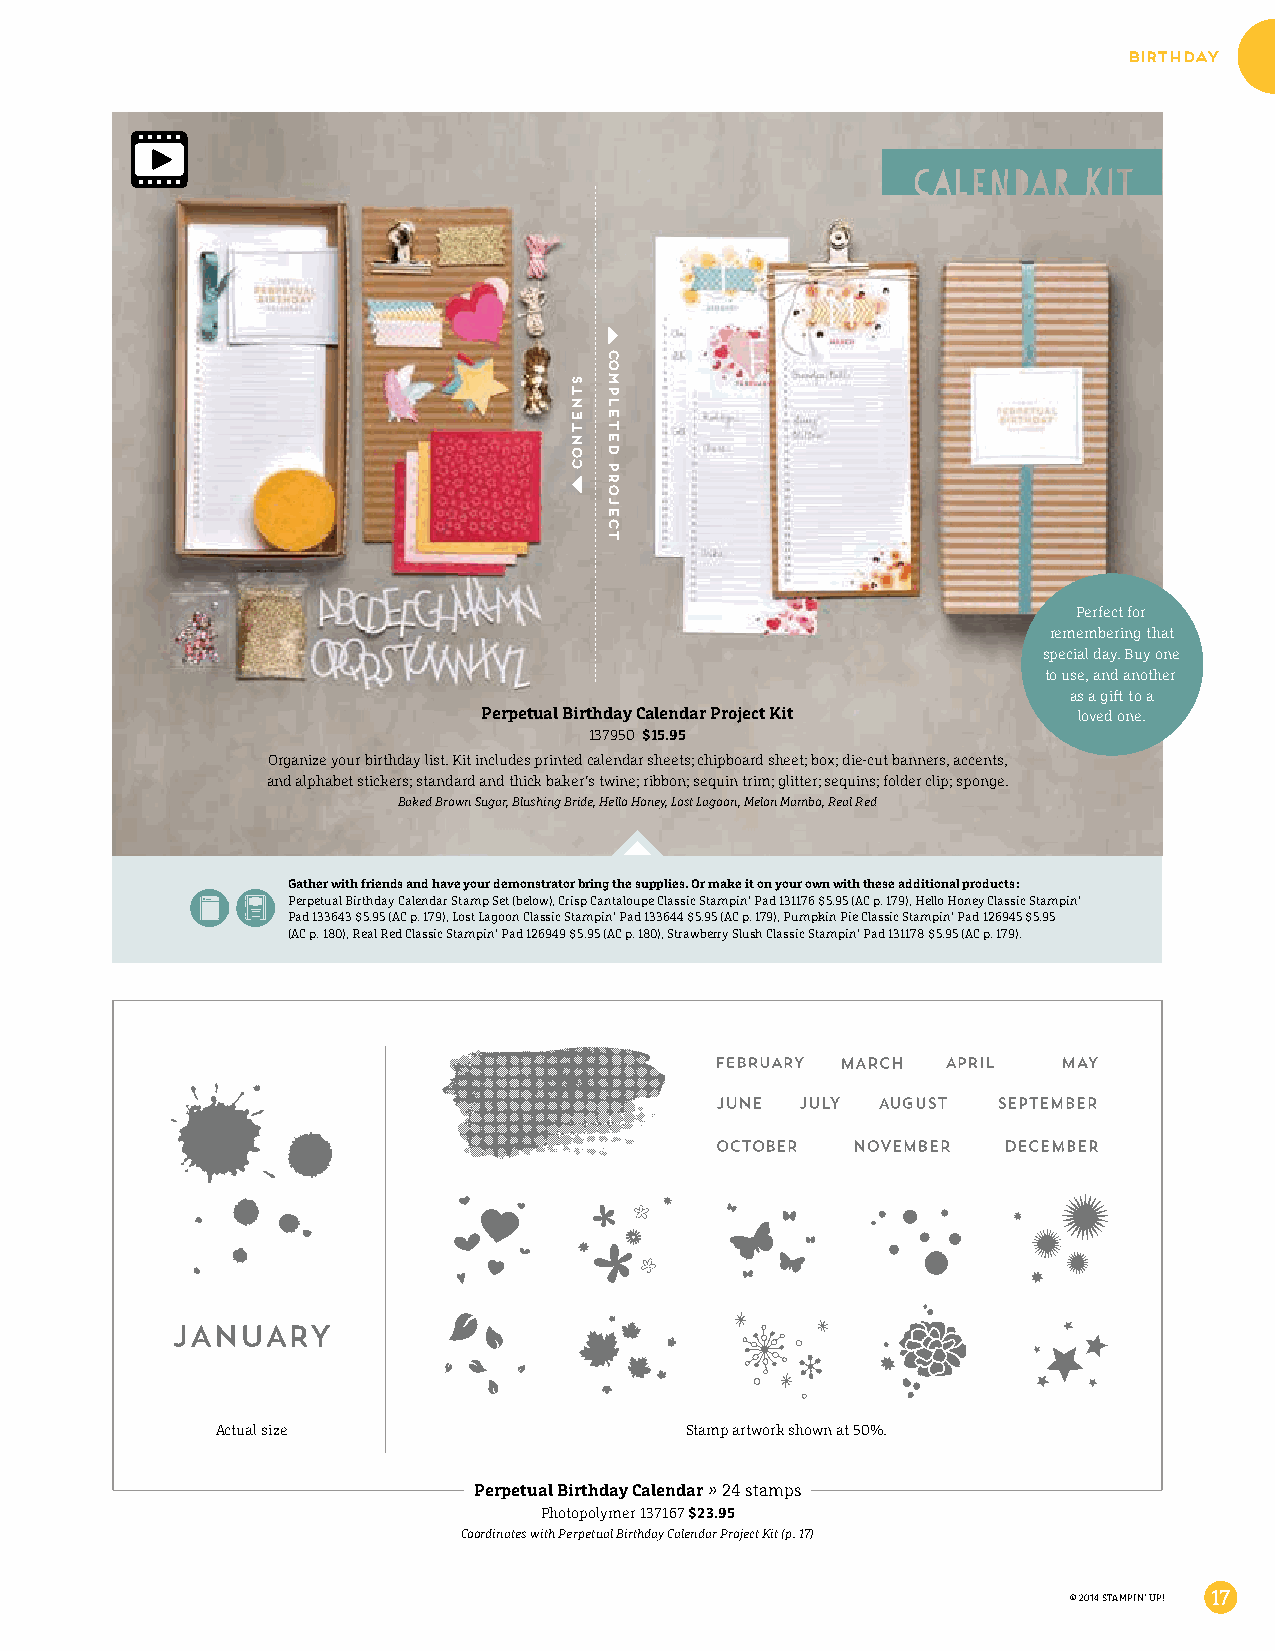
birthday
 Perfect for
 remembering that
 special day. Buy one
 to use, and another
 as a gift to a
 Perpetual Birthday Calendar Project Kit loved one.
 137950 $15.95
 Organize your birthday list. Kit includes printed calendar sheets; chipboard sheet; box; die-cut banners, accents,
 and alphabet stickers; standard and thick baker’s twine; ribbon; sequin trim; glitter; sequins; folder clip; sponge.
 Baked Brown Sugar, Blushing Bride, Hello Honey, Lost Lagoon, Melon Mambo, Real Red
 Gather with friends and have your demonstrator bring the supplies. Or make it on your own with these additional products:
 Perpetual Birthday Calendar Stamp Set (below), Crisp Cantaloupe Classic Stampin’ Pad 131176 $5.95 (AC p. 179), Hello Honey Classic Stampin’
 Pad 133643 $5.95 (AC p. 179), Lost Lagoon Classic Stampin’ Pad 133644 $5.95 (AC p. 179), Pumpkin Pie Classic Stampin’ Pad 126945 $5.95
 (AC p. 180), Real Red Classic Stampin’ Pad 126949 $5.95 (AC p. 180), Strawberry Slush Classic Stampin’ Pad 131178 $5.95 (AC p. 179).
 Actual size                    Stamp artwork shown at 50%.
 Perpetual Birthday Calendar » 24 stamps
 Photopolymer 137167 $23.95
 Coordinates with Perpetual Birthday Calendar Project Kit (p. 17)
 © 2014 STAMPIN’ UP! 17
 stnetnoC
 Completed
 Project